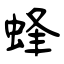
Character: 蜂